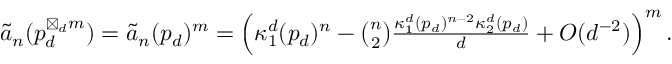
\begin{array} { r } { \widetilde { a } _ { n } ( p _ { d } ^ { \boxtimes _ { d } m } ) = \widetilde { a } _ { n } ( p _ { d } ) ^ { m } = \left( \kappa _ { 1 } ^ { d } ( p _ { d } ) ^ { n } - \binom { n } { 2 } \frac { \kappa _ { 1 } ^ { d } ( p _ { d } ) ^ { n - 2 } \kappa _ { 2 } ^ { d } ( p _ { d } ) } { d } + O ( d ^ { - 2 } ) \right) ^ { m } . } \end{array}